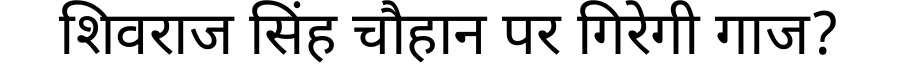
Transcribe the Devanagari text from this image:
शिवराज सिंह चौहान पर गिरेगी गाज?